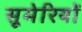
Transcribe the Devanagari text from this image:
सूमेरियों